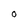
Character: 0